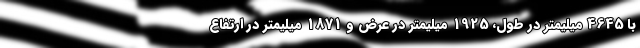
با 4645 میلیمتر در طول، 1925 میلیمتر در عرض و 1871 میلیمتر در ارتفاع